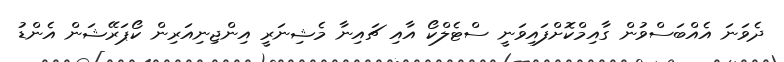
ދެވަނަ އެއްބަސްވުން ގާއިމްކޮށްފައިވަނީ ސްޓެލްކޯ އާއި ޗައިނާ މެޝިނަރީ އިންޖިނިއަރިން ކޯޕަރޭޝަން އެންޑު